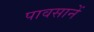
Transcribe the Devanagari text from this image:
पावसानें